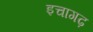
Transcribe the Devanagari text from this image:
इचागढ़